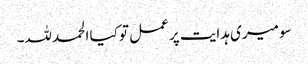
سو میری ہدایت پر عمل تو کیا الحمد للہ۔